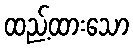
ထည့်ထားသော